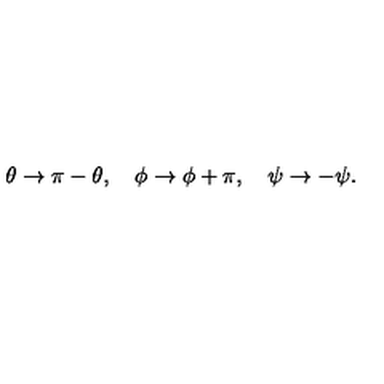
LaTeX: \theta \to \pi - \theta , \quad \phi \to \phi + \pi , \quad \psi \to - \psi .